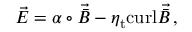
\vec { { \cal E } } = \alpha \circ \vec { \bar { B } } - \eta _ { \mathrm { t } } \mathrm { c u r l } \vec { \bar { B } } \, ,